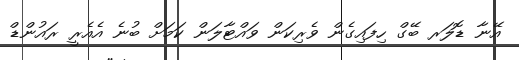
އޭނާ ޑޮލަރ ބޭގް ހިފައިގެން ވެރިކަން ވައްޓާލަން ކަމަށް ބުނެ އެއެރީ ރައުންޑް